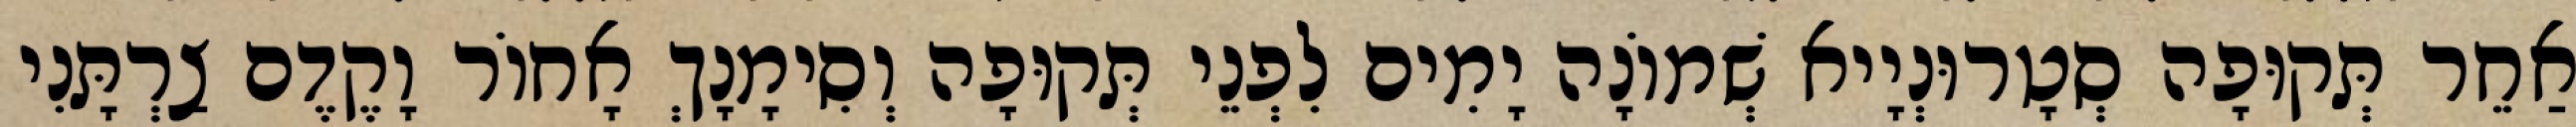
אַחֵר תְּקוּפָה סְטָרוּנְיָיא שְׁמוֹנָה יָמִים לִפְנֵי תְּקוּפָה וְסִימָנָךְ אָחוֹר וָקֶדֶם צַרְתָּנִי